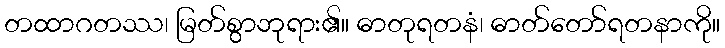
တထာဂတဿ၊ မြတ်စွာဘုရား၏။ ဓာတုရတနံ၊ ဓာတ်တော်ရတနာကို။